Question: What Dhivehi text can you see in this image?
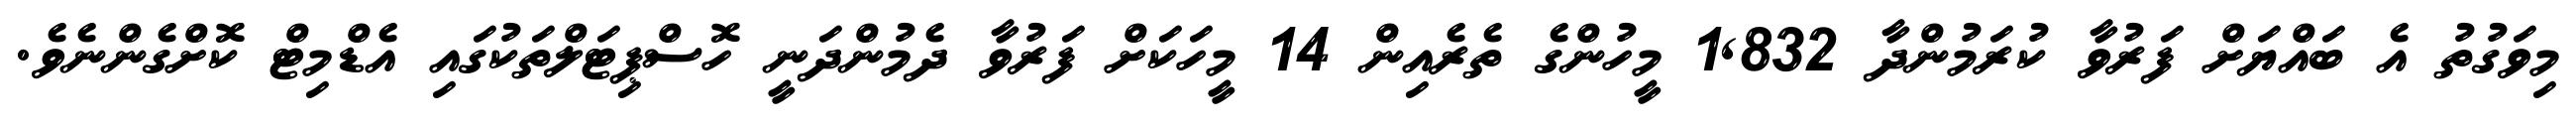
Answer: މިވަގުތު އެ ބައްޔަށް ފަރުވާ ކުރަމުންދާ 1,832 މީހުންގެ ތެރެއިން 14 މީހަކަށް ފަރުވާ ދެމުންދަނީ ހޮސްޕިޓަލްތަކުގައި އެޑްމިޓް ކޮށްގެންނެވެ.